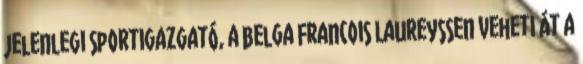
jelenlegi sportigazgató, a belga Francois Laureyssen veheti át a